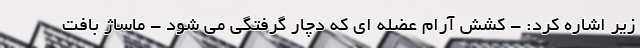
زیر اشاره کرد: - کشش آرام عضله ای که دچار گرفتگی می شود - ماساژ بافت